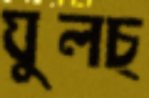
ঘুলচ্